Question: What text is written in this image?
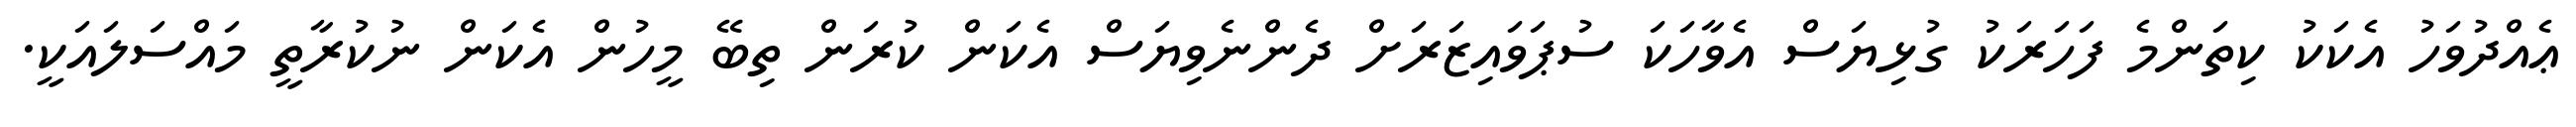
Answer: ޢެއްދުވަހު އެކަކު ކިތަންމެ ފަހަރަކު ގުޅިޔަސް އެވާހަކަ ސުޕަވައިޒަރަށް ދެންނެވިޔަސް އެކަން ކުރަން ތިބޭ މީހުން އެކަން ނުކުރާތީ މައްސަލައަކީ.